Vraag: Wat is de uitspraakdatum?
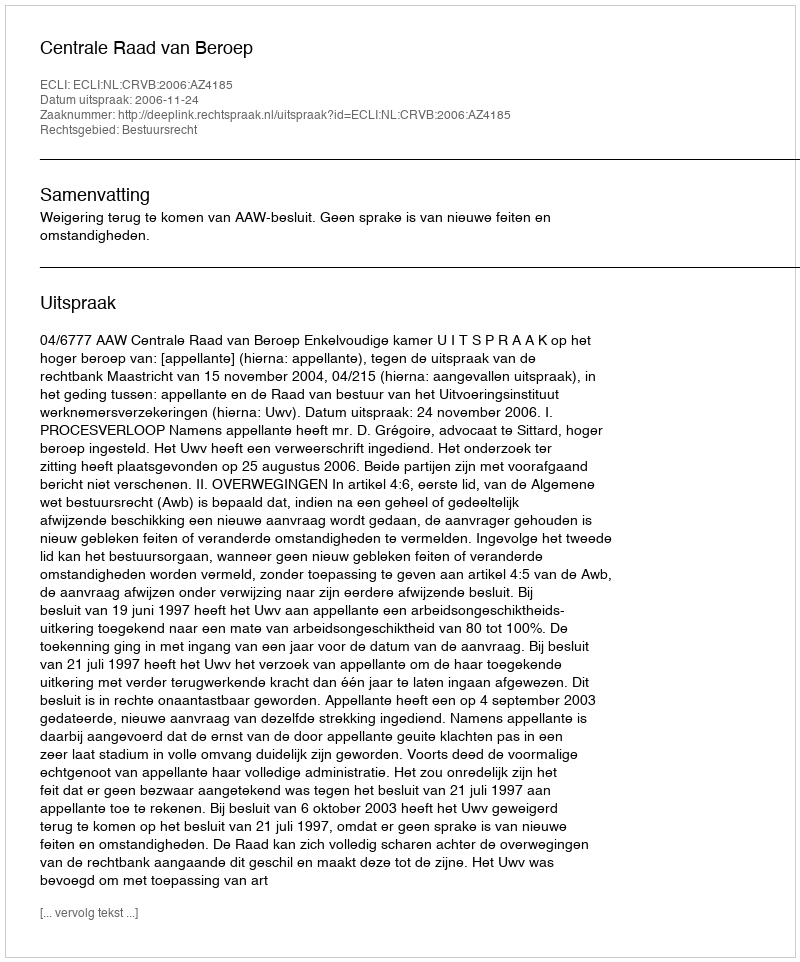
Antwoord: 2006-11-24